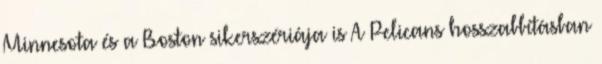
Minnesota és a Boston sikerszériája is A Pelicans hosszabbításban